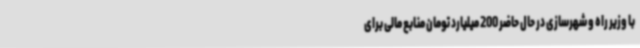
با وزیر راه و شهرسازی در حال حاضر 200 میلیارد تومان منابع مالی برای